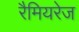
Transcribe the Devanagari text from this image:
रैमियरेज